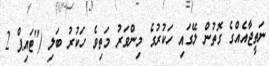
ނަތީޖާއެއްގެ ގޮތުން ލޭގައި ހަކުރުގެ މިންވަރު މަތިވެ ހަކުރު ބަލި ("ޓައިޕް 2